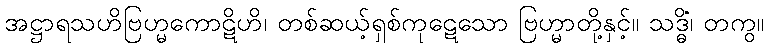
အဋ္ဌာရသဟိဗြဟ္မကောဋိဟိ၊ တစ်ဆယ့်ရှစ်ကုဋေသော ဗြဟ္မာတို့နှင့်။ သဒ္ဓိံ၊ တကွ။